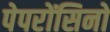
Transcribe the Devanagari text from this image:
पेपरोंसिनो